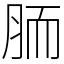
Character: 胹